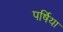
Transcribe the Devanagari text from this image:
पर्षिया